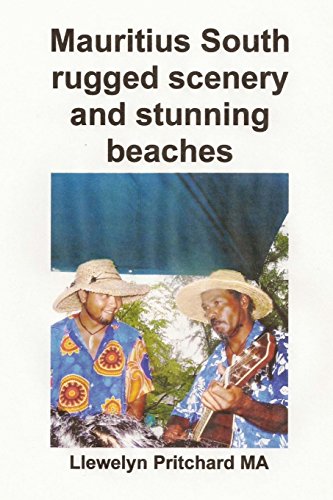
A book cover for Mauritius South rugged scenery and stunning beaches: A Souvenir Collection foto berwarna dengan keterangan (Foto Album) (Volume 9) (Indonesian Edition); Llewelyn Pritchard MA; Travel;